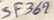
Text: SF369